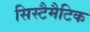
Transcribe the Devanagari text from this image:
सिस्टैमैटिक